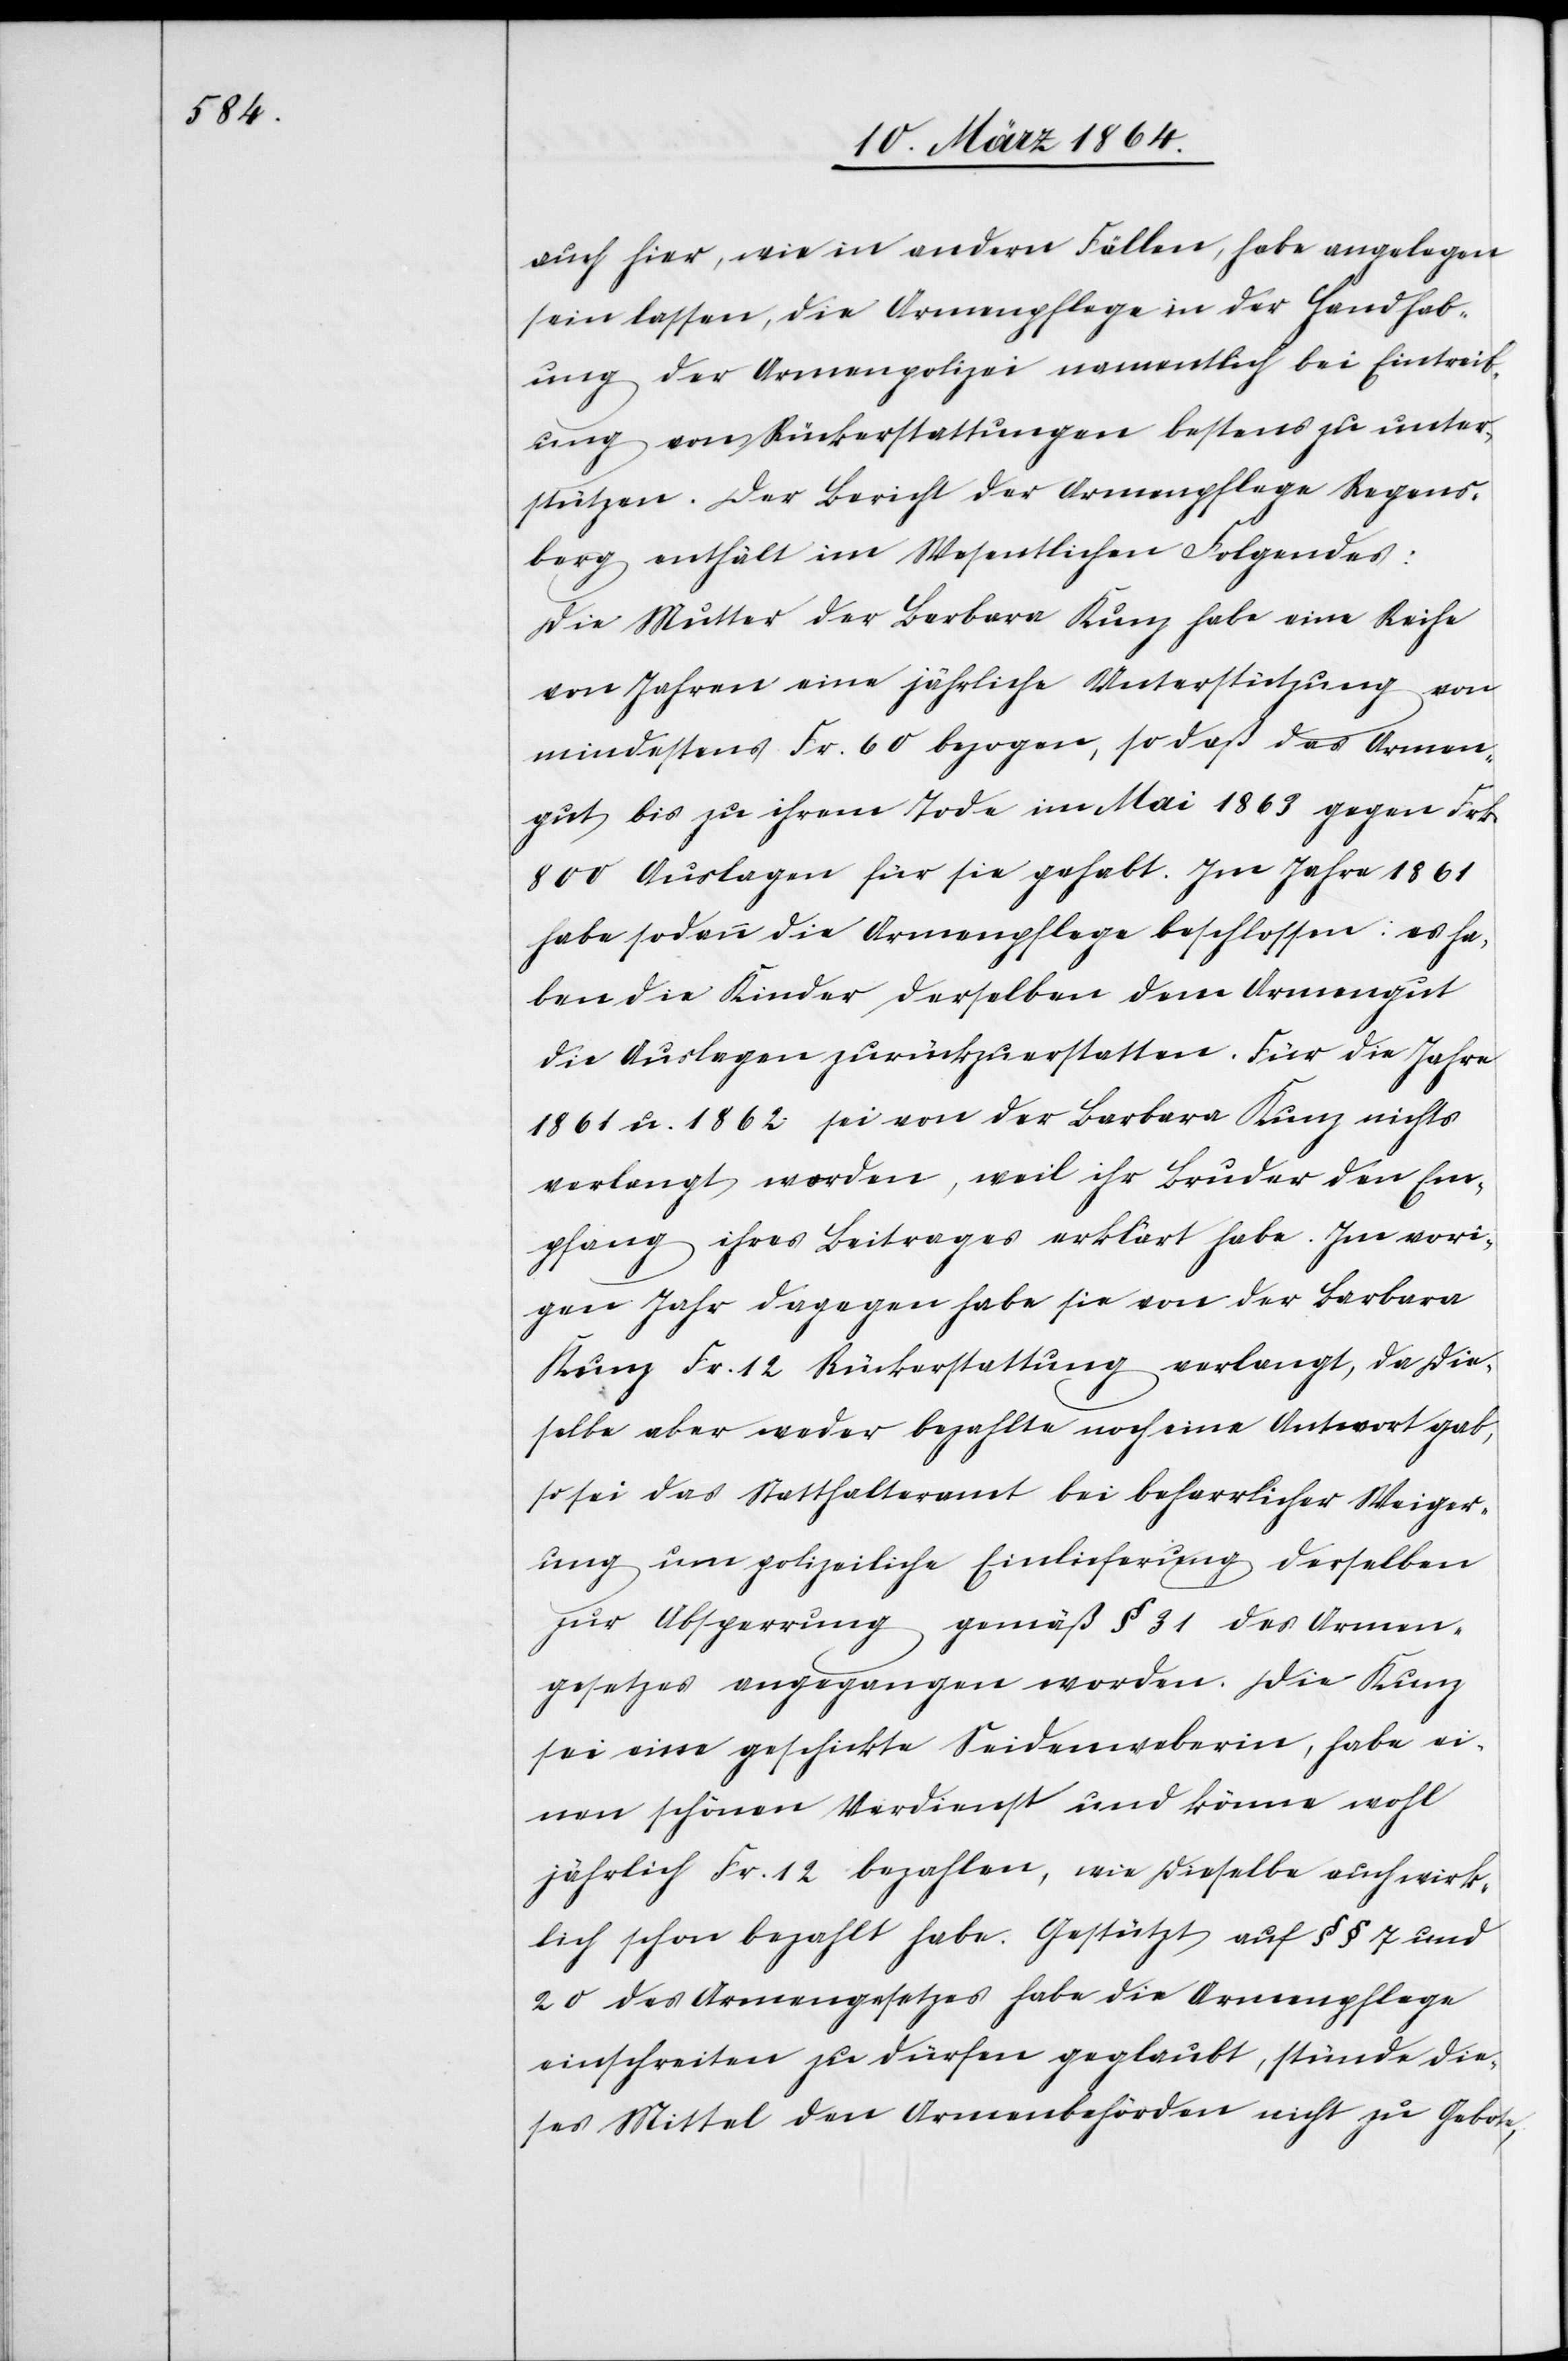
auch hier, wie in andern Fällen, habe angelegen
sein lassen, die Armenpflege in der Handhab¬
ung der Armenpolizei namentlich bei Eintreib¬
ung von Rückerstattungen bestens zu unter¬
stützen. Der Bericht der Armenpflege Regens¬
berg enthält im Wesentlichen Folgendes:
Die Mutter der Barbara Kunz habe eine Reihe
von Jahren eine jährliche Unterstützung von
mindestens Fr. 60 bezogen, so daß das Armen¬
gut bis zu ihrem Tode im Mai 1863 gegen Frk.
800 Auslagen für sie gehabt. Im Jahre 1861
habe sodann die Armenpflege beschlossen: es ha¬
ben die Kinder derselben dem Armengut
die Auslagen zurückzuerstatten. Für die Jahre
1861 u. 1862 sei von der Barbara Kunz nichts
verlangt worden, weil ihr Bruder den Em¬
pfang ihres Beitrages erklärt habe. Im vori¬
gen Jahr dagegen habe sie von der Barbara
Kunz Fr. 12 Rückerstattung verlangt, die die¬
selbe aber weder bezahlte noch eine Antwort gab,
so sei das Statthalteramt bei beharrlicher Weiger¬
ung um polizeiliche Einlieferung derselben
zur Absperrung gemäß § 31 des Armen¬
gesetzes angegangen worden. Die Kunz
sei eine geschickte Seidenweberin, habe ei¬
nen schönen Verdienst und könne wohl
jährlich Fr. 12 bezahlen, wie dieselbe auch wirk¬
lich schon bezahlt habe. Gestützt auf §§ 7 und
20 des Armengesetzes habe die Armenpflege
einschreiten zu dürfen geglaubt, stünde die¬
ses Mittel den Armenbehörden nicht zu Gebote,